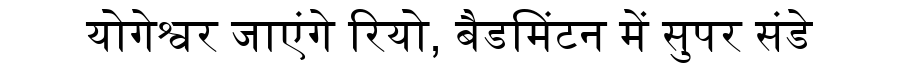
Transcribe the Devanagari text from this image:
योगेश्वर जाएंगे रियो, बैडमिंटन में सुपर संडे